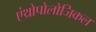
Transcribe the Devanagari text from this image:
एंथ्रोपोलोजिकल